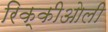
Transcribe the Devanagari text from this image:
रिक्कीओली